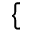
\{